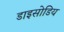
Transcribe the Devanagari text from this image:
डाइसोडिय